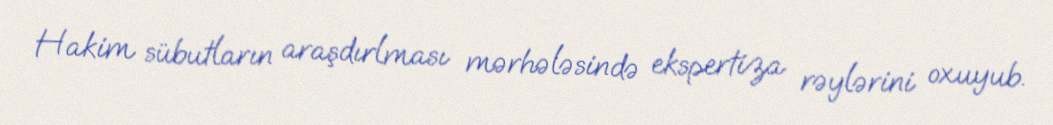
Hakim sübutların araşdırlması mərhələsində ekspertiza rəylərini oxuyub.